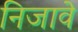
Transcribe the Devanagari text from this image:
निजावे